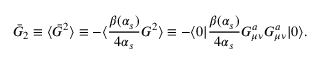
\bar { G } _ { 2 } \equiv \langle \bar { G } ^ { 2 } \rangle \equiv - \langle { \frac { \beta ( \alpha _ { s } ) } { 4 \alpha _ { s } } } G ^ { 2 } \rangle \equiv - \langle { 0 } | { \frac { \beta ( \alpha _ { s } ) } { 4 \alpha _ { s } } } G _ { \mu \nu } ^ { a } G _ { \mu \nu } ^ { a } | { 0 } \rangle .